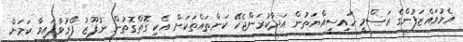
އެމުވައްޒަފުންގެ ރަސްމީ ހައިސިއްޔަތުން އަދާކުރަންޖެހޭ ކަންތައްތަކަށް އެކި ގޮތްގޮތުން ނުފޫޒު ފޯރުވާފައިވާ ކަމަށް